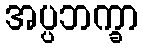
အပ္ပဘက္ခာ